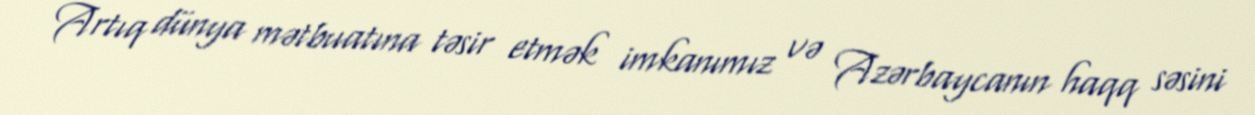
Artıq dünya mətbuatına təsir etmək imkanımız və Azərbaycanın haqq səsini